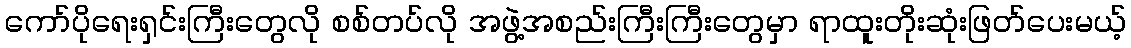
ကော်ပိုရေးရှင်းကြီးတွေလို စစ်တပ်လို အဖွဲ့အစည်းကြီးကြီးတွေမှာ ရာထူးတိုးဆုံးဖြတ်ပေးမယ့်